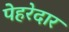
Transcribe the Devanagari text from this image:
पेहरेदार